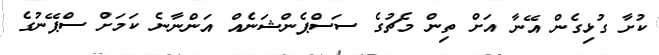
ކުށާ ގުޅިގެން އޭނާ އަށް ތިން މެޗުގެ ސަސްޕެންޝަނެއް އަންނާނެ ކަމަށް ސްޕޭނުގެ